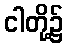
ငါတို့၌